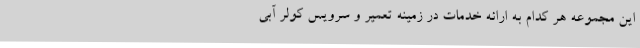
این مجموعه هر کدام به ارائه خدمات در زمینه تعمیر و سرویس کولر آبی